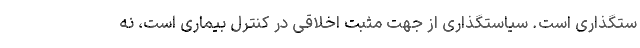
ستگذاری است. سیاستگذاری از جهت مثبت اخلاقی در کنترل بیماری است، نه